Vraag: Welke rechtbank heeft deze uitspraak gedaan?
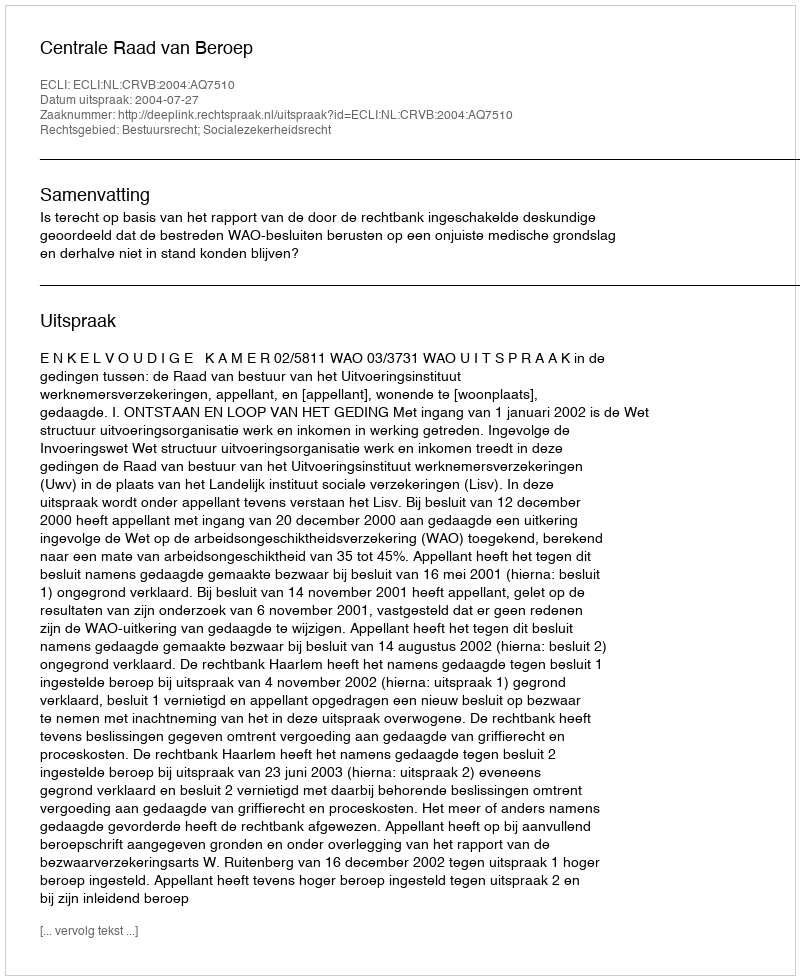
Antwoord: Centrale Raad van Beroep